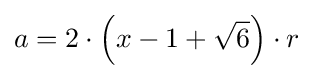
a=2\cdot \left(x-1+{\sqrt {6}}\right)\cdot r